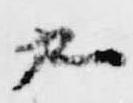
九